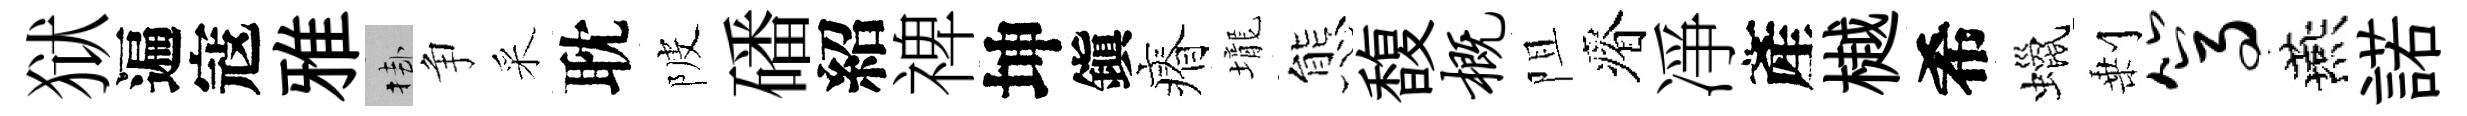
狱遍寇雅挂争采耽陂磻紹禆坤鎭瘠壠態馥概阻瘠凈產樾希蠟剰篙燕諾